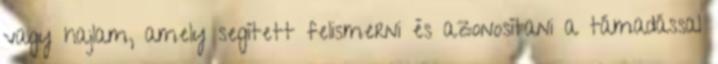
vagy hajlam, amely segített felismerni és azonosítani a támadással